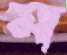
ম